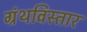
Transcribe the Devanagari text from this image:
ग्रंथविस्तार